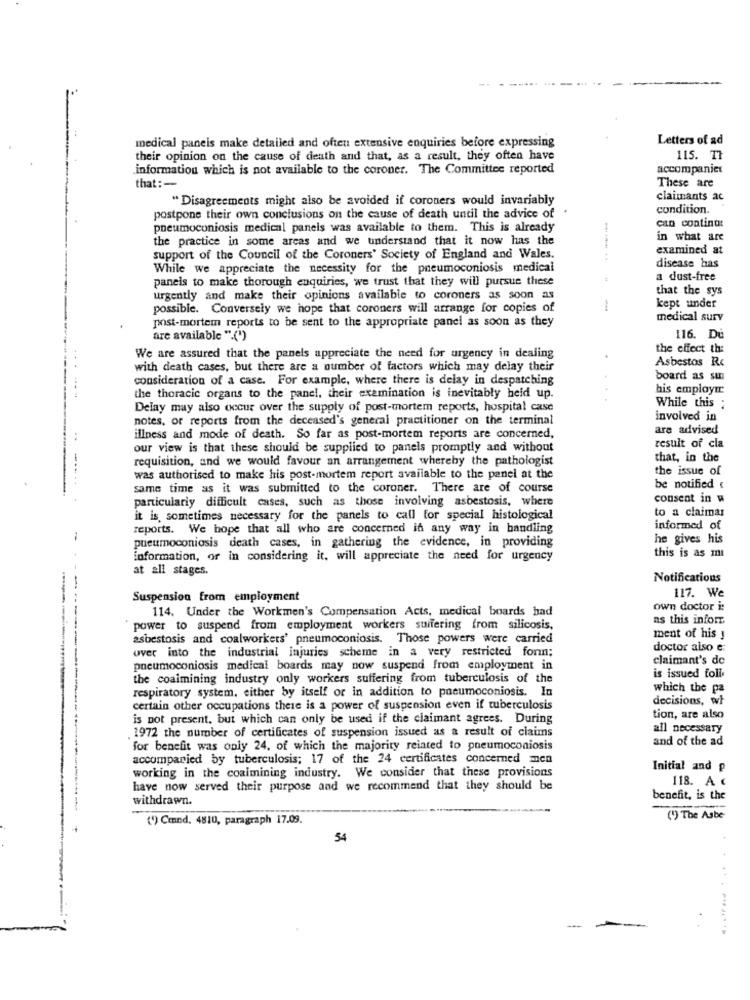
Letters of ad
medical paneis make detailed and often extensive enquiries before expressing
their opinion on the cause of death and that, as a result, they often have
115. Tł
information which is not available to the coroner. The Committee reported
accompaniet
that :-
These are
" Disagreements might also be avoided if coroners would invariably
claimants ac
condition.
postpone their own conclusions on the cause of death until the advice of
can contint:
pneumoconiosis medical panels was available to them. This is already
the practice in some areas and we understand that it now has the
in what are
examined at
support of the Council of the Coroners' Society of England and Wales.
While we appreciate the necessity for the pneumoconiosis medical
disease has
panels to make thorough enquiries, we trust that they will pursue these
a dust-free
that the sys
urgently and make their opinions available to coroners as soon as
kept under
possible. Conversely we hope that coroners will arrange for copies of
post-mortem reports to be sent to the appropriate panel as soon as they
medical surv
are available ".(")
116. Dů
the effect th:
We are assured that the panels appreciate the need for urgency in dealing
Asbestos Rc
with death cases, but there are a number of factors which may delay their
consideration of a case. For example, where there is delay in despatching
board as sui
his employer
the thoracic organs to the panel, their examination is inevitably held up.
While this ;
Delay may also occur over the supply of post-mortem reports, hospital case
notes, or reports from the deceased's general practitioner on the terminal
involved in
are advised
..
illness and mode of death. So far as post-mortem reports are concerned,
our view is that these should be supplied to panels promptly and without
result of cla
--
requisition, and we would favour an arrangement whereby the pathologist
that, in the
the issue of
was authorised to make his post-mortem report available to the panel at the
same time as it was submitted to the coroner. There are of course
be notified
particularly difficult cases, such as those involving asbestosis, where
consent in w
to a claimas
it is, sometimes necessary for the panels to call for special histological
reports. We hope that all who are concerned in any way in handling
informed of
pueumoconiosis death cases, in gathering the evidence, in providing
he gives his
this is as mi
information, or in considering it, will appreciate the need for urgency
at all stages.
Notifications
117. We
Suspension from employment
114. Under the Workmen's Compensation Acts, medical boards had
own doctor i:
as this inforr
power to suspend from employment workers suffering from silicosis,
asbestosis and coalworkers' pneumoconiosis. Those powers were carried
ment of his y
over into the industrial injuries scheme in a very restricted form;
doctor also e;
claimant's de
pneumoconiosis medical boards may now suspend from employment in
is issued foli
the coalmining industry only workers suffering from tuberculosis of the
respiratory system. either by itself or in addition to pneumoconiosis. In
which the pa
decisions, wh
certain other occupations there is a power of suspension even if tuberculosis
is not present, but which can only be used if the claimant agrees. During
tion, are also
. 1972 the number of certificates of suspension issued as a result of claims
all necessary
and of the ad
for benefit was only 24, of which the majority related to pneumoconiosis
accompanied by tuberculosis; 17 of the 24 certificates concerned men
working in the coalmining industry. We consider that these provisions
Initial and p
118. A «
have now served their purpose and we recommend that they should be
withdrawn.
benefit, is the
(1) Cmnd. 4810, paragraph 17.09.
(1) The Asbe
54